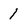
Character: 1